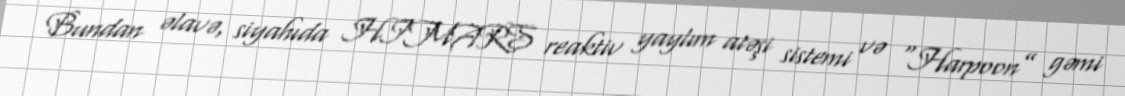
Bundan əlavə, siyahıda HIMARS reaktiv yaylım atəşi sistemi və “Harpoon” gəmi